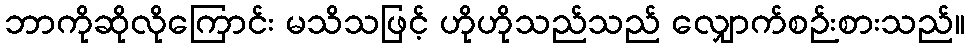
ဘာကိုဆိုလိုကြောင်း မသိသဖြင့် ဟိုဟိုသည်သည် လျှောက်စဉ်းစားသည်။